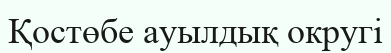
Қостөбе ауылдық округі